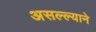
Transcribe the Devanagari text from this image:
असल्ल्याने